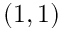
( 1 , 1 )